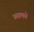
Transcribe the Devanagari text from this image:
उसामधे